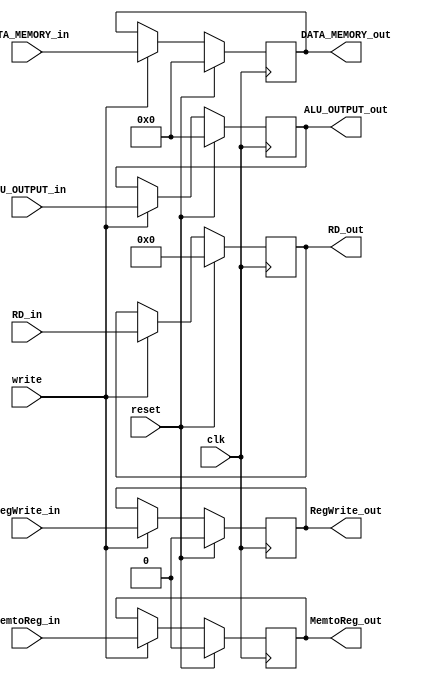
`timescale 1ns / 1ps

module MEM_WB_reg(clk, reset, write,
    RegWrite_in, MemtoReg_in,
    DATA_MEMORY_in,
    ALU_OUTPUT_in,
    RD_in,
                                  
    RegWrite_out, MemtoReg_out,
    DATA_MEMORY_out,
    ALU_OUTPUT_out,
    RD_out);
    
    input clk, reset, write;
    input RegWrite_in, MemtoReg_in;
    input [31:0] DATA_MEMORY_in, ALU_OUTPUT_in;
    input [4:0] RD_in;
    
    output reg RegWrite_out, MemtoReg_out;
    output reg [31:0] DATA_MEMORY_out, ALU_OUTPUT_out;
    output reg [4:0] RD_out;
    
    always@(posedge clk) begin
        if (reset) begin
            RegWrite_out <= 1'b0;
            MemtoReg_out <= 1'b0;
            DATA_MEMORY_out <= 32'b0;
            ALU_OUTPUT_out <= 32'b0;
            RD_out <= 5'b0;
        end
        else begin
            if(write) begin
                RegWrite_out <= RegWrite_in;
                MemtoReg_out <= MemtoReg_in;
                DATA_MEMORY_out <= DATA_MEMORY_in;
                ALU_OUTPUT_out <= ALU_OUTPUT_in;
                RD_out <= RD_in;
            end
        end
  end
endmodule